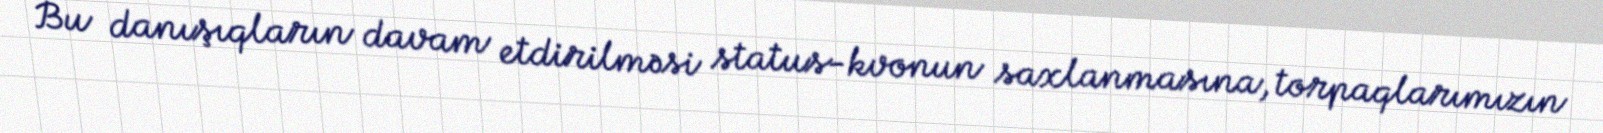
Bu danışıqların davam etdirilməsi status-kvonun saxlanmasına, torpaqlarımızın